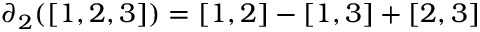
\partial _ { 2 } ( [ 1 , 2 , 3 ] ) = [ 1 , 2 ] - [ 1 , 3 ] + [ 2 , 3 ]